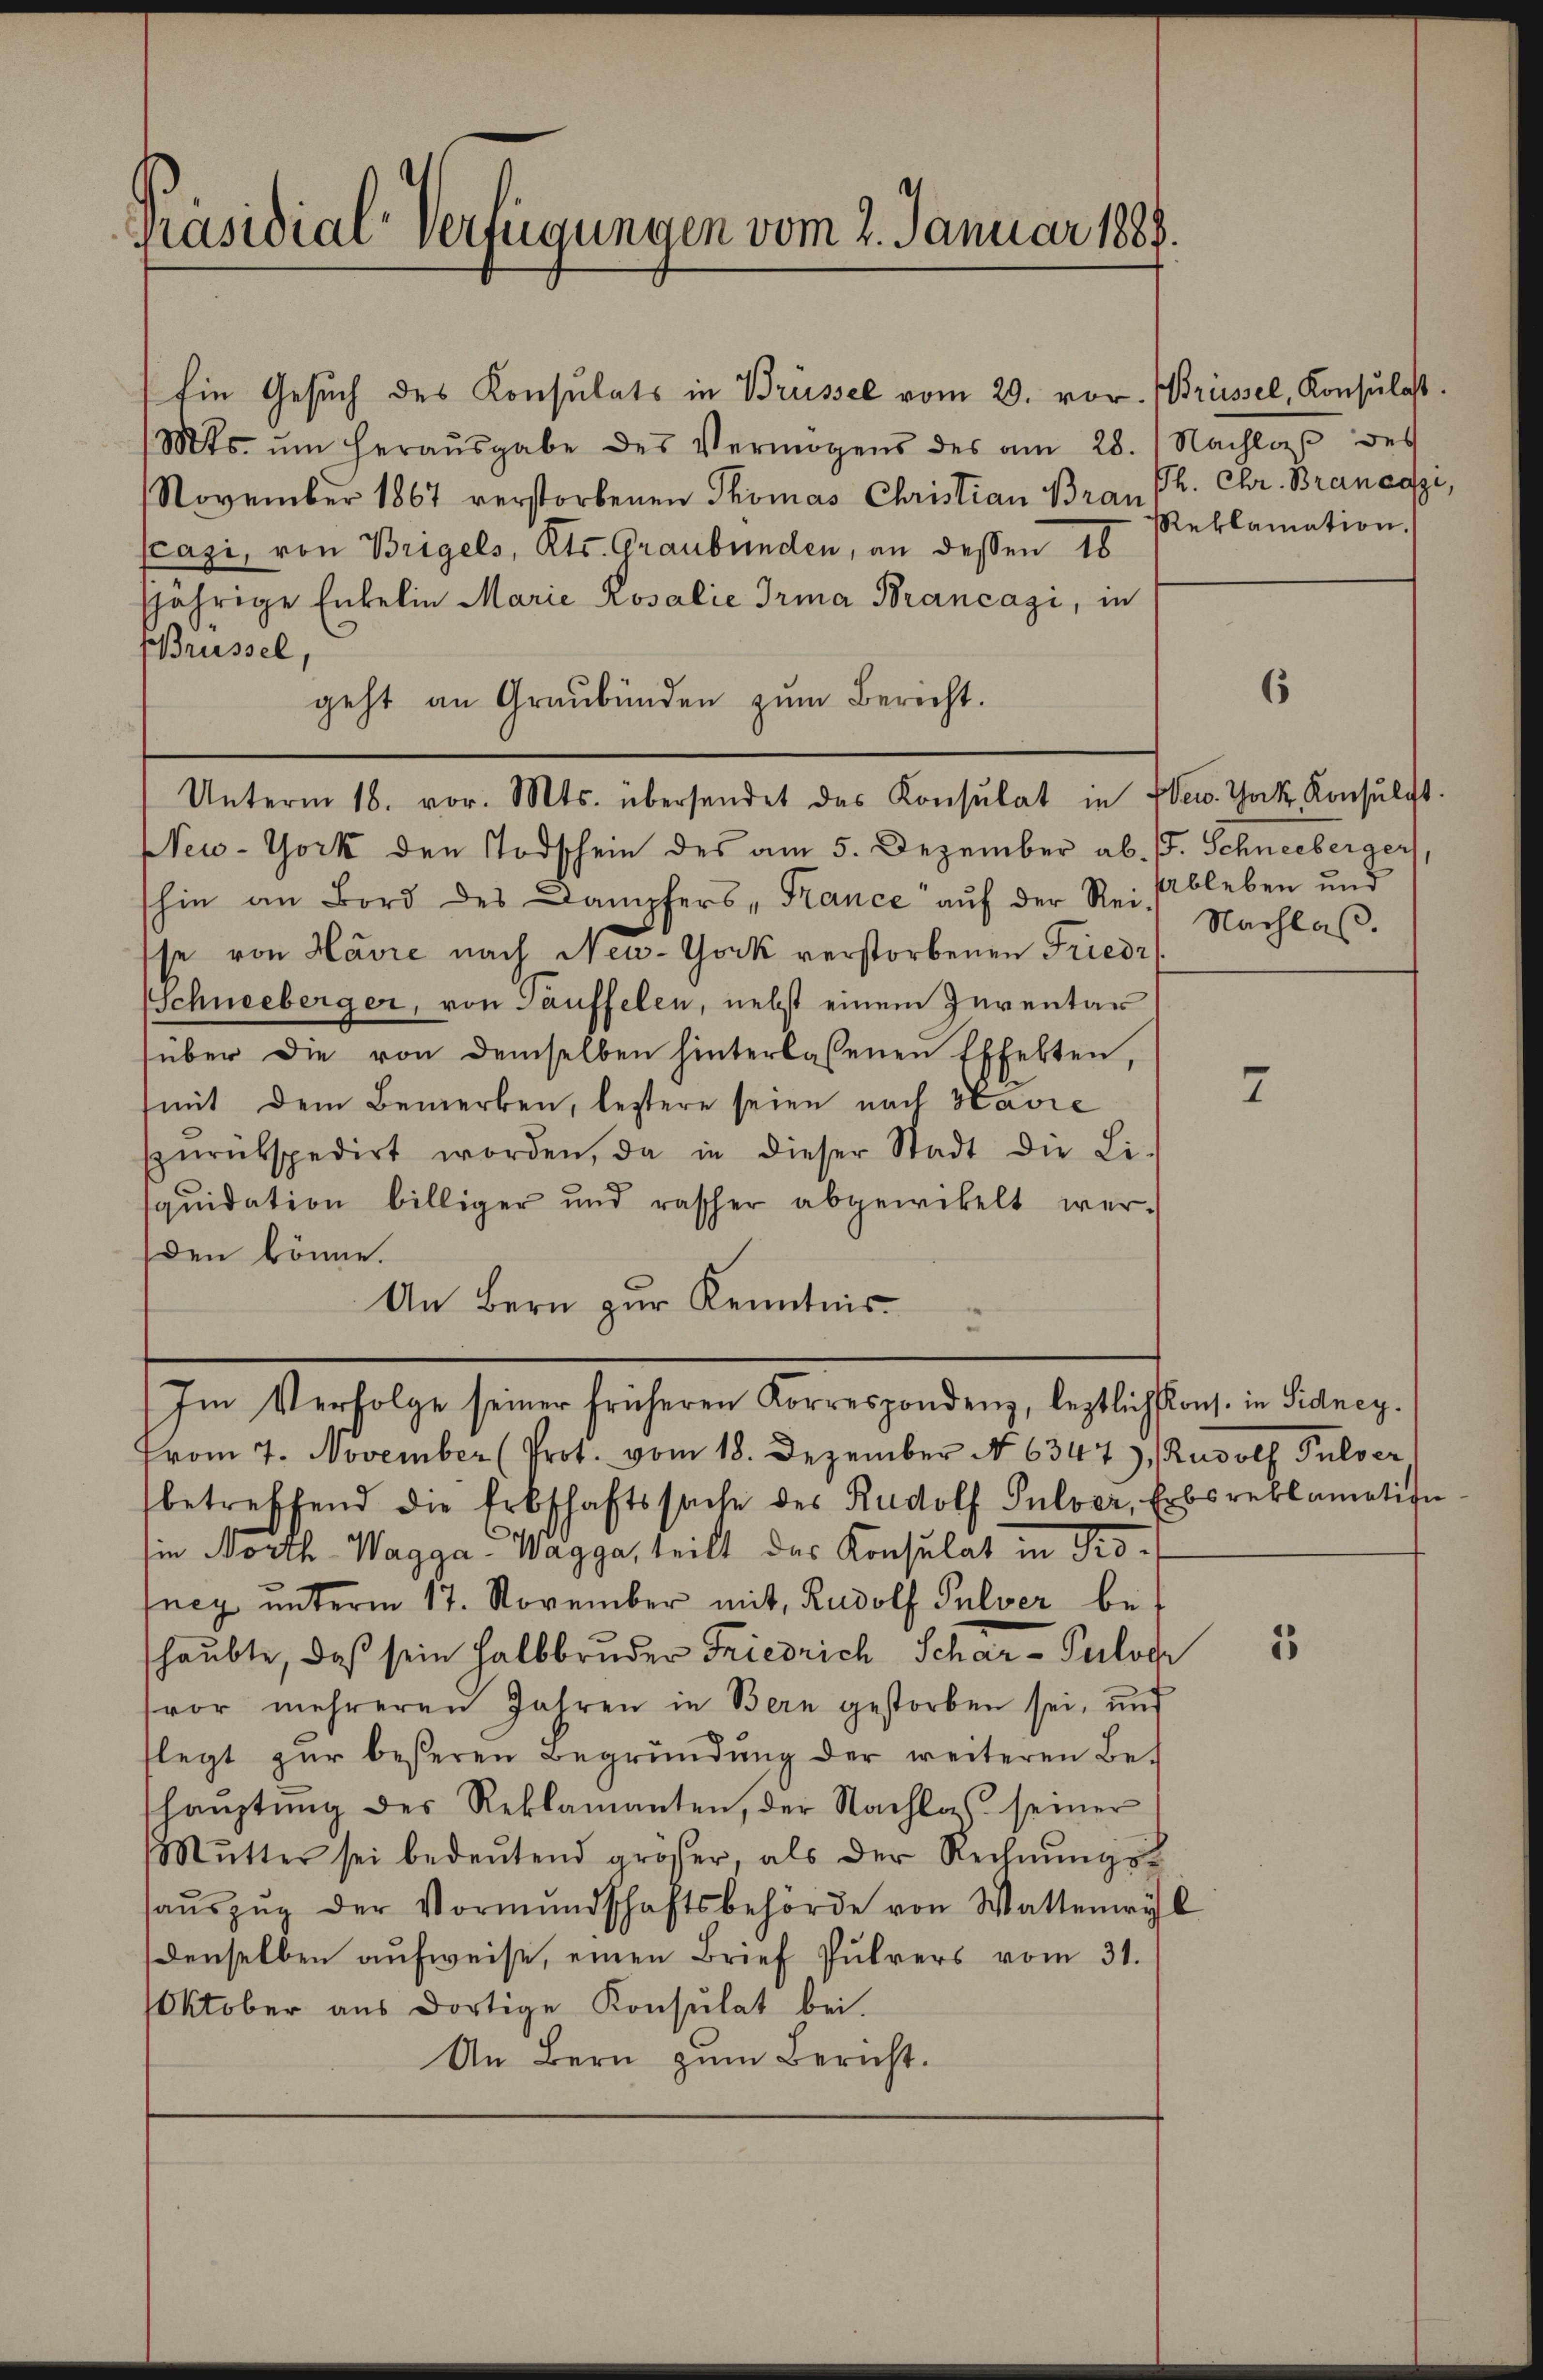
Präsidial-Verfügungen vom 4. Januar 1889.

(Mts. ŭm heraŭsgabe des Vermögens des am 28. Nachlaβ des
November 1867 verstorbenen Thomas Christian Bran Ph. Chr. Brancezi,
(azi, von Brigels, Kts. Graubünden, an dessen 18
fjährige Enkelin Marie Rosalie Trina Brancagi, in
Brüssel
geht an Graubünden zum Bericht.
New-York den Todschein des am 5. Dezember ab. J. Schneeberger
hin an Bord des Dampfers - France aŭf der Rei- Ableben und
se von Havre nach New-York verstorbenen Friedr
Schneeberger, von Täuffelen, nebst einem Inventar
(über die von demselben hinterlassenen Effekten,
(mit dem Bemerken, leztere seien nach Havre
zŭrükspedirt worden, da in dieser Stadt die Li-
quidation billiger und rascher abgewickelt wer-
den könne.
An Bern zur Kenntnis
Im Verfolge seiner früheren Korrespondenz, leztlichskons. in Sidneyvom 7. November (Prot. vom 18. Dezember No 6347), Rudolf Pulver,
betreffend die Erbschaftssache des Rudolf Pulver, Erbsreklamation
sie Morth-Wagga" Wagga, teilt das Konsulat in Proney unterm 17. November mit, Rudolf Pulver behaubte, daß sein Halbbrüder Friedrich Schar- Pulver
vor mehreren Jahren in Bern gestorben sei, und
flegt zur beseren Begründung der weiteren Behaŭptŭng des Reklamanten, der Nachlag seiner
Mŭtter sei bedeŭtend größer, als der Rechnŭngs
aŭszŭg der Vormŭndschaftsbehörde von Wattenwyl
denselben aufweise, einen Brief Pulvers vom 31.
Oktober aus dortige Konsulat bei.
An Bern zum Bericht.

Ein Gesuch des Konsulats in Brüssel vom 20. vor. (Brüssel, Konsulast

Unterm 18. vor. Mts. übersendet das Konsulat in Eben. Jak. Konsŭlgt.

Reklamation.

2

6

Nachlaß.

15